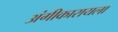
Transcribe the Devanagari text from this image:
अंगीकारायला